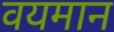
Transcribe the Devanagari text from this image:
वयमान